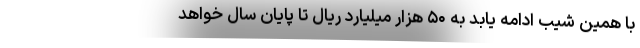
با همین شیب ادامه یابد به ۵۰ هزار میلیارد ریال تا پایان سال خواهد